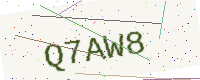
Text: Q7AW8